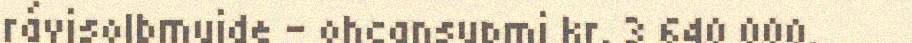
rávisolbmuide – ohcansupmi kr. 3 640 000.